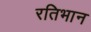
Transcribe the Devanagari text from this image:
रतिभान